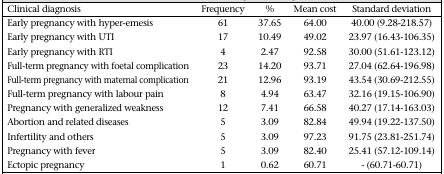
<table><thead><tr><td><b>Clinical diagnosis</b></td><td><b>Frequency</b></td><td><b>%</b></td><td><b>Mean cost</b></td><td><b>Standard deviation</b></td></tr></thead><tbody><tr><td>Early pregnancy with hyper-emesis</td><td>61</td><td>37.65</td><td>64.00</td><td>40.00 (9.28–218.57)</td></tr><tr><td>Early pregnancy with UTI</td><td>17</td><td>10.49</td><td>49.02</td><td>23.97 (16.43–106.35)</td></tr><tr><td>Early pregnancy with RTI</td><td>4</td><td>2.47</td><td>92.58</td><td>30.00 (51.61–123.12)</td></tr><tr><td>Full-term pregnancy with foetal complication</td><td>23</td><td>14.20</td><td>93.71</td><td>27.04 (62.64–196.98)</td></tr><tr><td>Full-term pregnancy with maternal complication</td><td>21</td><td>12.96</td><td>93.19</td><td>43.54 (30.69–212.55)</td></tr><tr><td>Full-term pregnancy with labour pain</td><td>8</td><td>4.94</td><td>63.47</td><td>32.16 (19.15–106.90)</td></tr><tr><td>Pregnancy with generalized weakness</td><td>12</td><td>7.41</td><td>66.58</td><td>40.27 (17.14–163.03)</td></tr><tr><td>Abortion and related diseases</td><td>5</td><td>3.09</td><td>82.84</td><td>49.94 (19.22–137.50)</td></tr><tr><td>Infertility and others</td><td>5</td><td>3.09</td><td>97.23</td><td>91.75 (23.81–251.74)</td></tr><tr><td>Pregnancy with fever</td><td>5</td><td>3.09</td><td>82.40</td><td>25.41 (57.12–109.14)</td></tr><tr><td>Ectopic pregnancy</td><td>1</td><td>0.62</td><td>60.71</td><td>-(60.71–60.71)</td></tr></tbody></table>